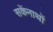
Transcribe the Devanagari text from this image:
सकेंनाथों